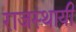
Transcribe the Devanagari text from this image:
राजस्थायी